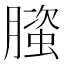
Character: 𬂐